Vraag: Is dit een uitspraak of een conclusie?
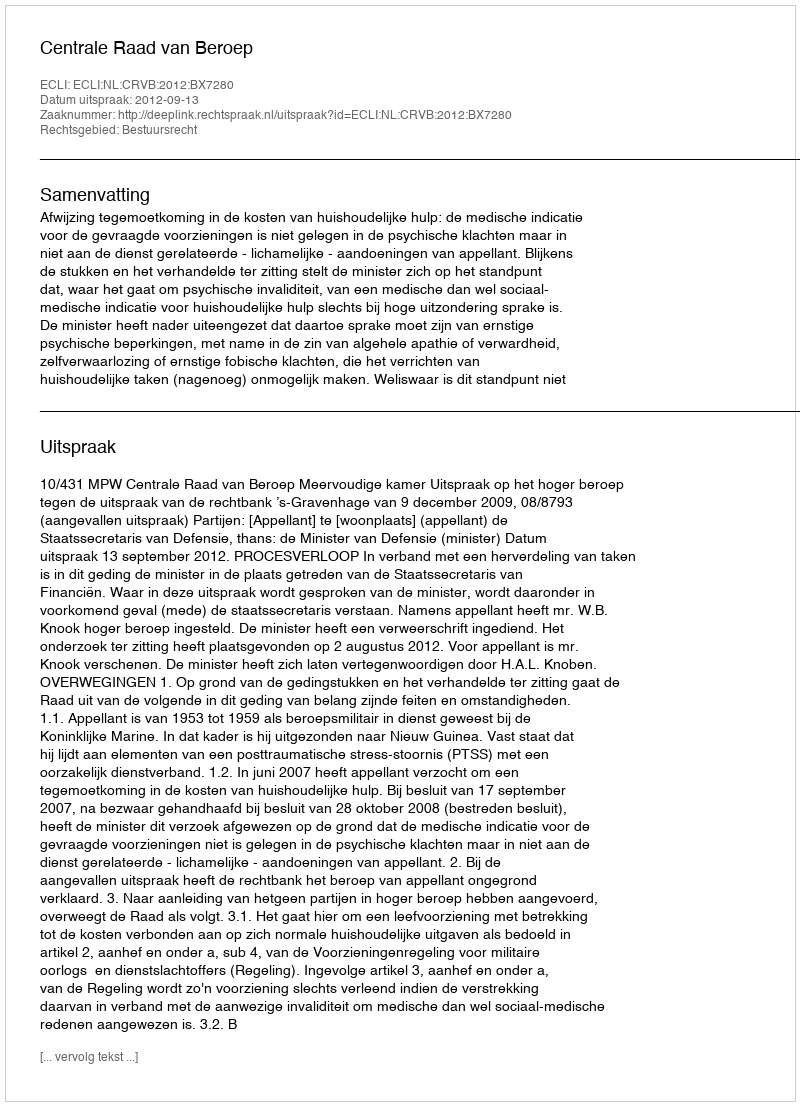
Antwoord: Uitspraak